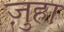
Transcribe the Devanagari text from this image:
ज़ुहा